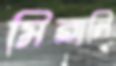
মিরালি